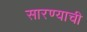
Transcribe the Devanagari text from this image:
सारण्याची